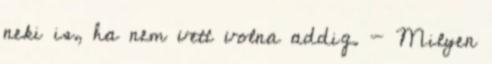
neki is, ha nem vett volna addig. - Milyen